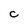
Character: C